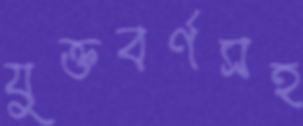
যুক্তবর্ণসহ